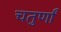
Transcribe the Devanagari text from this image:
चतुर्णां